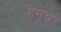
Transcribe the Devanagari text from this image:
हेमूचे